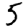
Digit: 5